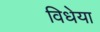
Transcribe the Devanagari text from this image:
विधेया